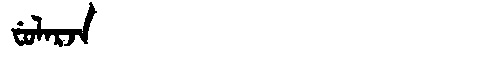
Manchu: ᠸᡠᠯᠠᡵᠵᠠ
Romanization: FULARJA